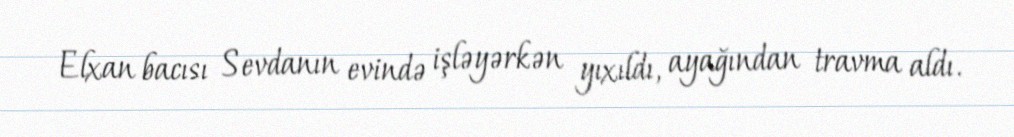
Elxan bacısı Sevdanın evində işləyərkən yıxıldı, ayağından travma aldı.